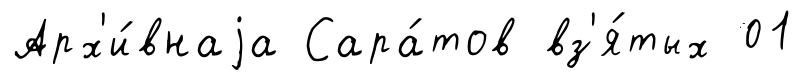
Арх'и́внаjа Сара́тов вз'я́тых 01